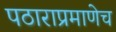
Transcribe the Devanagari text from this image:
पठाराप्रमाणेच